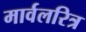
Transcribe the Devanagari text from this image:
मार्वलरित्र